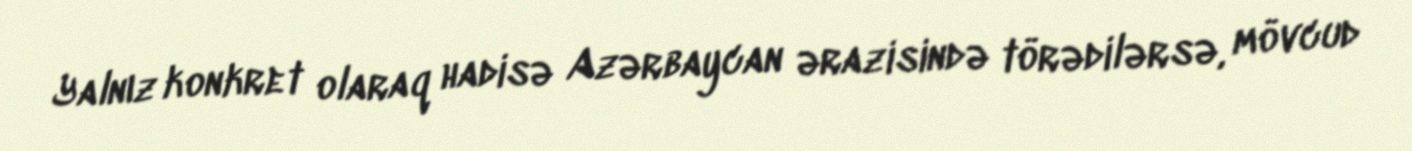
Yalnız konkret olaraq hadisə Azərbaycan ərazisində törədilərsə, mövcud